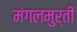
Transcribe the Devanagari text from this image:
मंगलमुर्ती